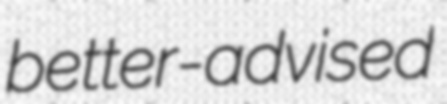
better-advised